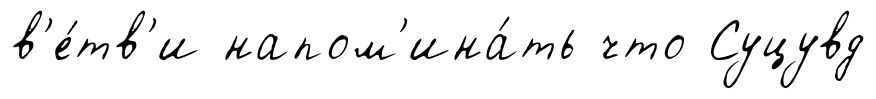
в'е́тв'и напом'ина́ть что Суцувд